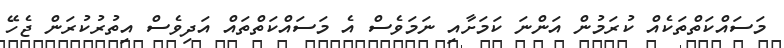
މަސައްކަތްތަކެއް ކުރަމުން އަންނަ ކަމަށާއި ނަމަވެސް އެ މަސައްކަތްތައް އަދިވެސް އިތުރުކުރަން ޖެހޭ